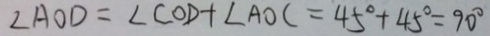
\angle A O D = \angle C O D + \angle A O C = 4 5 ^ { \circ } + 4 5 ^ { \circ } = 9 0 ^ { \circ }